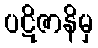
ပဋိဇာနိမှ